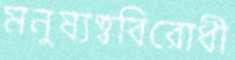
মনুষ্যত্ববিরোধী